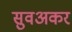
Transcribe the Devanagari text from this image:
सुवअकर